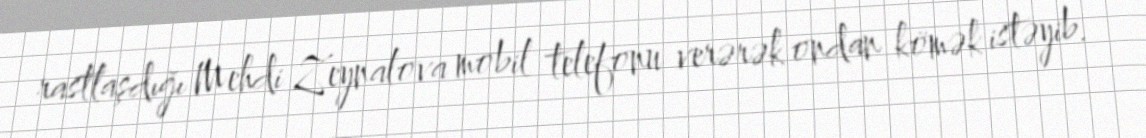
rastlaşdığı Mehdi Zeynalova mobil telefonu verərək ondan kömək istəyib.